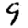
Digit: 9